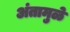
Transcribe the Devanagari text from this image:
अंतामुळे